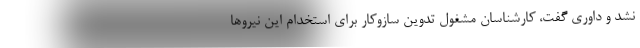
نشد و داوری گفت، کارشناسان مشغول تدوین سازوکار برای استخدام این نیروها